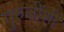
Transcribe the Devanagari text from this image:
गुरुजींशी